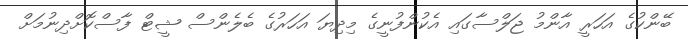
ބޭންކުގެ އަހަރީ އާންމު ޖަލްސާގައި އެކުންފުނީގެ މިދިޔަ އަހަރުގެ ބެލެންސް ޝީޓް ފާސްކޮށްދިނުމަށް